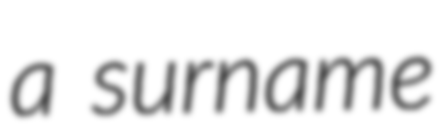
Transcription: a surname